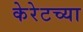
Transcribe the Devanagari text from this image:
केरेटच्या